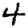
Digit: 4